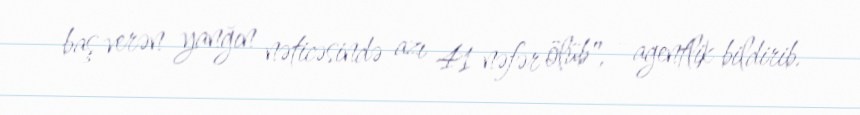
baş verən yanğın nəticəsində azı 41 nəfər ölüb", - agentlik bildirib.